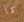
كما